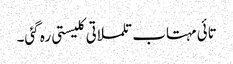
تائی مہتاب تلملاتی کلیستی رہ گئی۔